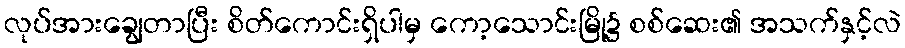
လုပ်အားချွေတာပြီး စိတ်ကောင်းရှိပါမှ ကော့သောင်းမြို့၌ စစ်ဆေး၏ အသက်နှင့်လဲ